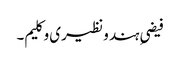
فیضیِ ہند و نظیری و کلیم۔